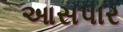
આસપાર